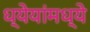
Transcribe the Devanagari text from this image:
ध्येयांमध्ये